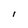
Character: I